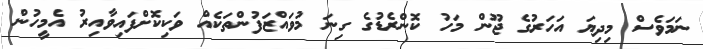
ނަމަވެސް މިދިޔަ އަހަރުގެ ޖޫން މަހު ކޮންރެޑުގެ ގިނަ މުވައްޒަފުންތަކެއް ވަކިކޮށްފައިވާއިރު އެމީހުން